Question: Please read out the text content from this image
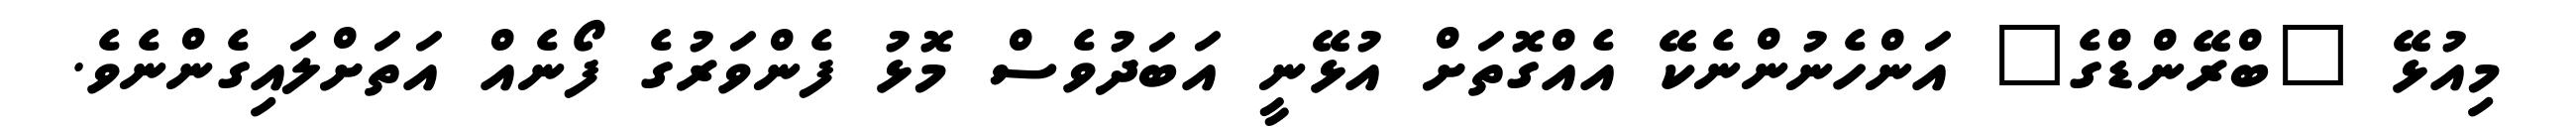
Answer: މިއުޅޭ "ބްރޭންޑްގެ" އަންހެނުންނެކޭ އެއްގޮތަށް އުޅޭނީ އަބަދުވެސް މޮޅު ފެންވަރުގެ ފޯނެއް އަތަށްލައިގެންނެވެ.